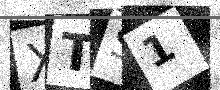
Text: XTS1